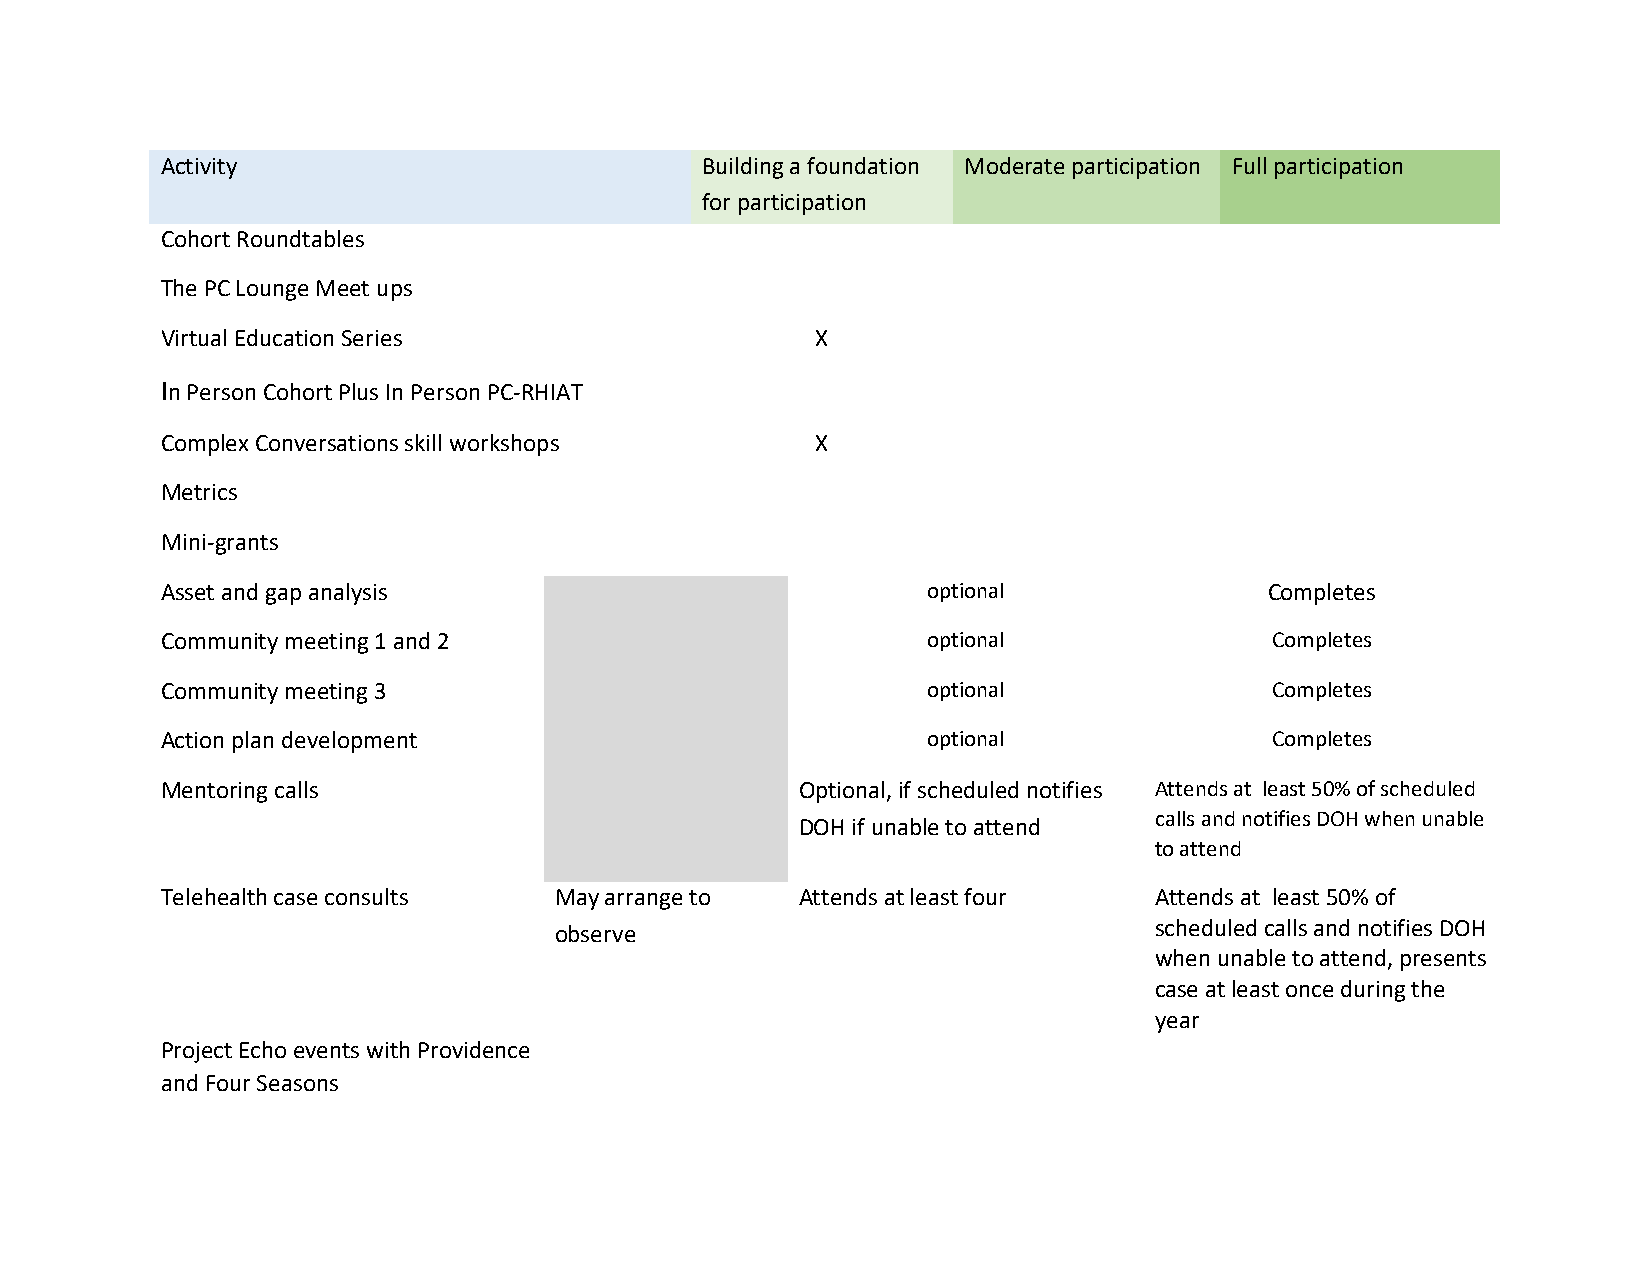
Activity                           Building a foundation Moderate participation Full participation
 for participation
 Cohort Roundtables
 The PC Lounge Meet ups
 Virtual Education Series                   X
 In Person Cohort Plus In Person PC-RHIAT
 Complex Conversations skill workshops      X
 Metrics
 Mini-grants
 Asset and gap analysis                            optional               Completes
 Community meeting 1 and 2                         optional               Completes
 Community meeting 3                               optional               Completes
 Action plan development                           optional               Completes
 Mentoring calls                           Optional, if scheduled notifies Attends at least 50% of scheduled
 calls and notifies DOH when unable
 DOH if unable to attend
 to attend
 Telehealth case consults  May arrange to  Attends at least four  Attends at least 50% of
 observe                                scheduled calls and notifies DOH
 when unable to attend, presents
 case at least once during the
 year
 Project Echo events with Providence
 and Four Seasons